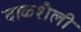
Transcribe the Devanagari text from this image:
वाकशैली